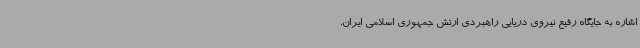
اشاره به جایگاه رفیع نیروی دریایی راهبردی ارتش جمهوری اسلامی ایران،